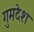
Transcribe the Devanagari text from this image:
गुमदेश